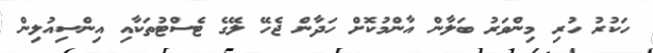
ހަކުރު ހުރި މިންވަރު ބަލާން އާންމުކޮށް ހަދާން ޖެހޭ ލޭގެ ޓެސްޓުތަކާއި އިންސިއުލިން